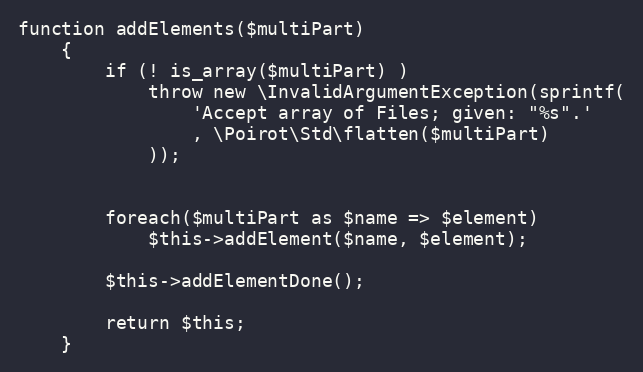
Language: PHP
function addElements($multiPart)
    {
        if (! is_array($multiPart) )
            throw new \InvalidArgumentException(sprintf(
                'Accept array of Files; given: "%s".'
                , \Poirot\Std\flatten($multiPart)
            ));

        foreach($multiPart as $name => $element)
            $this->addElement($name, $element);

        $this->addElementDone();

        return $this;
    }